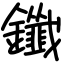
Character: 鑯